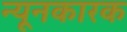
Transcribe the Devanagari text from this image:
न्यूनकारक